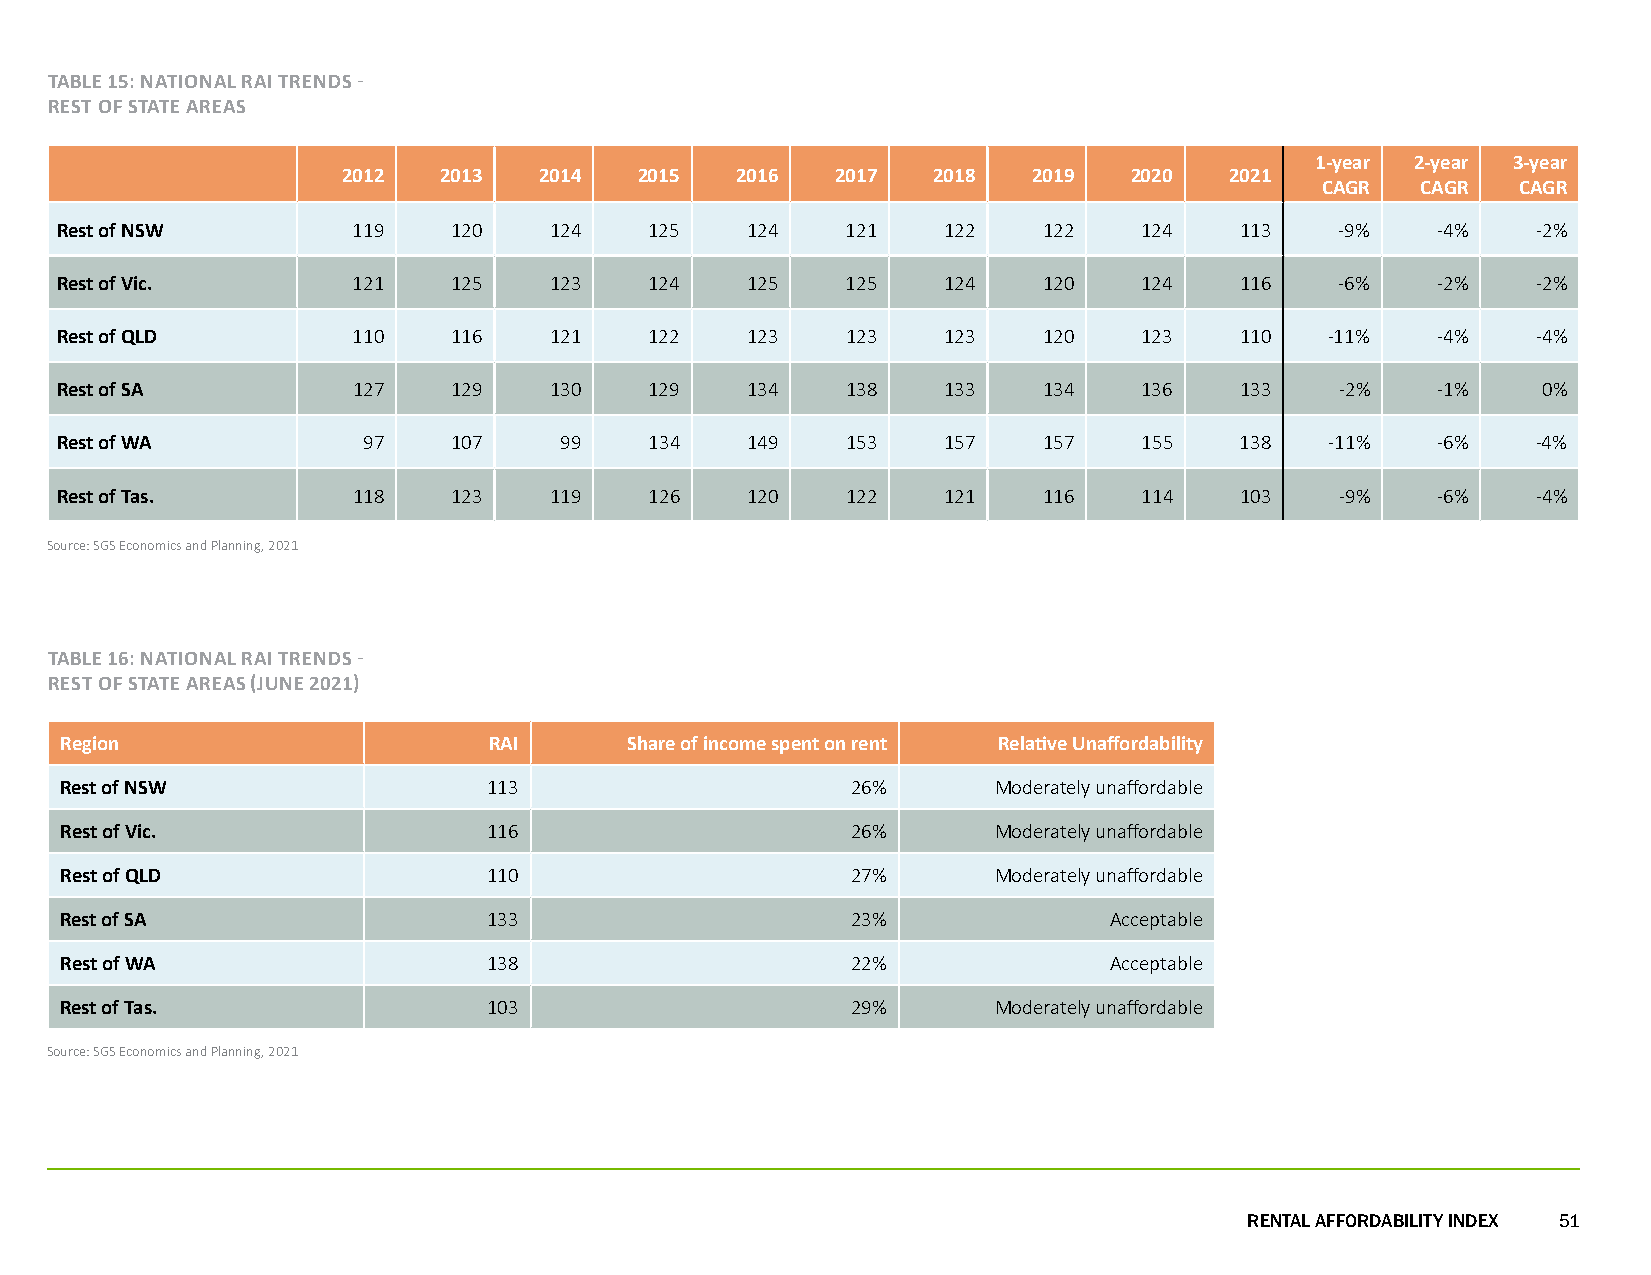
TABLE 15: NATIONAL RAI TRENDS -
 REST OF STATE AREAS
 1-year 2-year 3-year
 2012  2013   2014  2015   2016  2017   2018  2019   2020  2021
 CAGR   CAGR  CAGR
 Rest of NSW        119    120   124    125   124    121   122    122    124   113    -9%   -4%    -2%
 Rest of Vic.       121    125   123    124   125    125   124    120    124   116    -6%   -2%    -2%
 Rest of QLD        110    116   121    122   123    123   123    120    123   110   -11%   -4%    -4%
 Rest of SA         127    129   130    129   134    138   133    134    136   133    -2%   -1%    0%
 Rest of WA          97    107    99    134   149    153   157    157    155   138   -11%   -6%    -4%
 Rest of Tas.       118    123   119    126   120    122   121    116    114   103    -9%   -6%    -4%
 Source: SGS Economics and Planning, 2021
 TABLE 16: NATIONAL RAI TRENDS -
 REST OF STATE AREAS (JUNE 2021)
 Region                      RAI      Share of income spent on rent Relative Unaffordability
 Rest of NSW                 113                     26%       Moderately unaffordable
 Rest of Vic.                116                     26%       Moderately unaffordable
 Rest of QLD                 110                     27%       Moderately unaffordable
 Rest of SA                  133                     23%              Acceptable
 Rest of WA                  138                     22%              Acceptable
 Rest of Tas.                103                     29%       Moderately unaffordable
 Source: SGS Economics and Planning, 2021
 RENTAL AFFORDABILITY INDEX 51